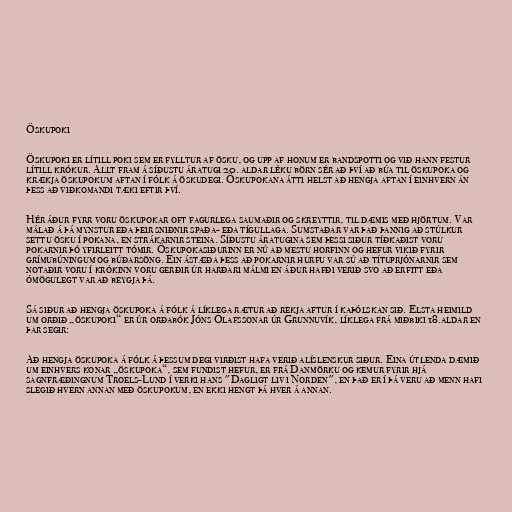
Öskupoki

Öskupoki er lítill poki sem er fylltur af ösku, og upp af honum er bandspotti og við hann festur
lítill krókur. Allt fram á síðustu áratugi 20. aldar léku börn sér að því að búa til öskupoka og
krækja öskupokum aftan í fólk á öskudegi. Öskupokana átti helst að hengja aftan í einhvern án
þess að viðkomandi tæki eftir því.

Hér áður fyrr voru öskupokar oft fagurlega saumaðir og skreyttir, til dæmis með hjörtum. Var
málað á þá mynstur eða þeir sniðnir spaða- eða tígullaga. Sumstaðar var það þannig að stúlkur
settu ösku í pokana, en strákarnir steina. Síðustu áratugina sem þessi siður tíðkaðist voru
pokarnir þó yfirleitt tómir. Öskupokasiðurinn er nú að mestu horfinn og hefur vikið fyrir
grímubúningum og búðarsöng. Ein ástæða þess að pokarnir hurfu var sú að títuprjónarnir sem
notaðir voru í krókinn voru gerðir úr harðari málmi en áður hafði verið svo að erfitt eða
ómögulegt var að beygja þá.

Sá siður að hengja öskupoka á fólk á líklega rætur að rekja aftur í kaþólskan sið. Elsta heimild
um orðið „öskupoki“ er úr orðabók Jóns Ólafssonar úr Grunnuvík, líklega frá miðbiki 18.aldar en
þar segir:

Að hengja öskupoka á fólk á þessum degi virðist hafa verið alíslenskur siður. Eina útlenda dæmið
um einhvers konar „öskupoka“, sem fundist hefur, er frá Danmörku og kemur fyrir hjá
sagnfræðingnum Troels-Lund í verki hans "Dagligt liv i Norden", en það er í þá veru að menn hafi
slegið hvern annan með öskupokum, en ekki hengt þá hver á annan.